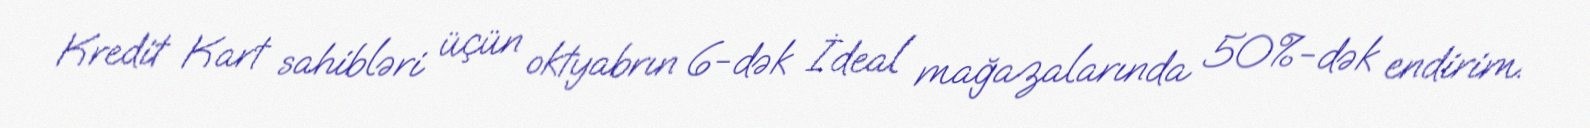
Kredit Kart sahibləri üçün oktyabrın 6-dək İdeal mağazalarında 50%-dək endirim.